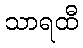
သာရထီ